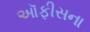
ઑફીસના